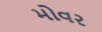
મોવર